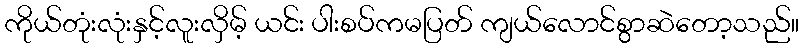
ကိုယ်တုံးလုံးနှင့်လူးလှိမ့် ယင်း ပါးစပ်ကမပြတ် ကျယ်လောင်စွာဆဲတော့သည်။